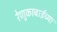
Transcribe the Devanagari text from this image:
रेणुकाबाईंच्या